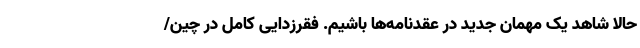
حالا شاهد یک مهمان جدید در عقدنامه‌ها باشیم. فقرزدایی کامل در چین/